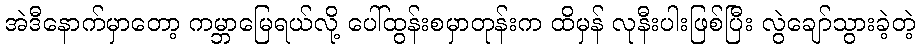
အဲဒီနောက်မှာတော့ ကမ္ဘာမြေရယ်လို့ ပေါ်ထွန်းစမှာတုန်းက ထိမှန် လုနီးပါးဖြစ်ပြီး လွဲချော်သွားခဲ့တဲ့